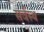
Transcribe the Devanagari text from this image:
सर्वस्थ